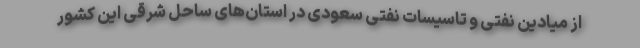
از میادین نفتی و تاسیسات نفتی سعودی در استان‌های ساحل شرقی این کشور